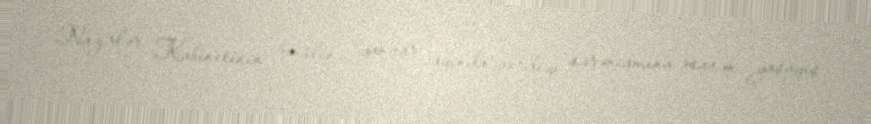
Nazirlər Kabinetinin bu ilin yanvar ayında verdiyi sərəncamına əsasən yaşayış